Scottish Leaving Certificate Examination, 1958
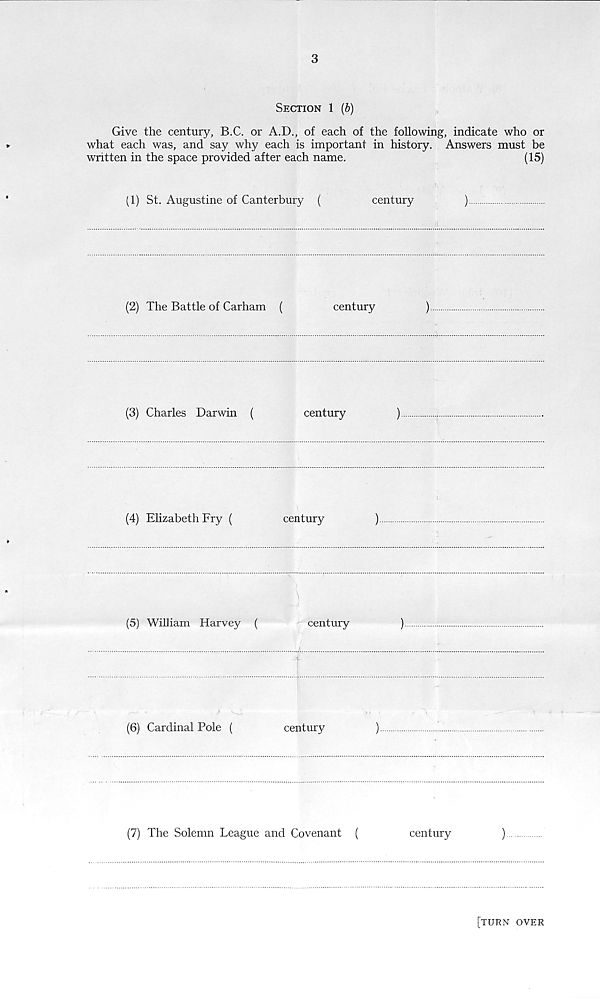
3
Section 1 (b)
Give the century, B.C. or A.D., of each of the following, indicate who or
what each was, and say why each is important in history. Answers must be
written in the space provided after each name.
(15)
(1) St. Augustine of Canterbury (
century
)
(2) The Battle of Carham (
century
)
(3) Charles Darwin (
century
)
(4) Elizabeth Fry (
century
)
(5) William Harvey (
century
)
(6) Cardinal Pole (
century
)
(7) The Solemn League and Covenant (
century
)
[turn over